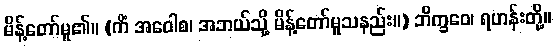
မိန့်တော်မူ၏။ (ကိံ အဝေါစ၊ အဘယ်သို့ မိန့်တော်မူသနည်း။) ဘိက္ခဝေ၊ ရဟန်းတို့။